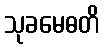
သုခမေဓတိ